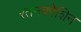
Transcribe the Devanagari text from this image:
रतनकोशिन